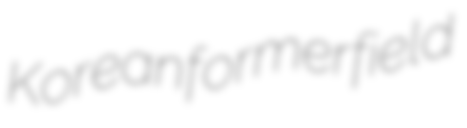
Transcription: Korean former field